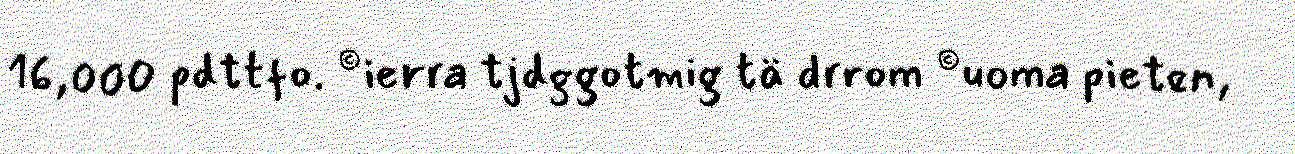
16,000 pdttfo. ©ierra tjdggotmig tä drrom ©uoma pieten,